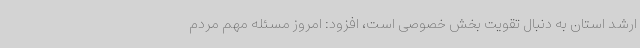
ارشد استان به دنبال تقویت بخش خصوصی است، افزود: امروز مسئله مهم مردم